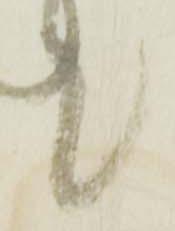
候